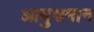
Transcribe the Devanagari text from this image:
आयुशमान